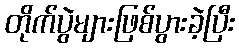
တိုက်ပွဲများဖြစ်ပွားခဲ့ပြီး